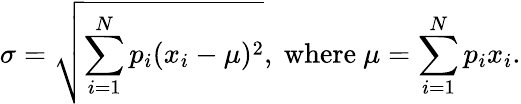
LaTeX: \sigma={\sqrt{\sum_{i=1}^{N}p_{i}(x_{i}-\mu)^{2}}},{\mathrm{~where~}}\mu=\sum_{i=1}^{N}p_{i}x_{i}.